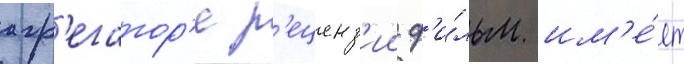
агр'егатор'е р'еценз'ии ф'и́льм им'е́ет